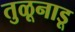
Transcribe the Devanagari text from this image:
तुळूनाडू